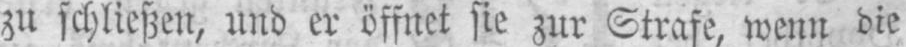
zu schließen, und er öffnet sie zur Strafe, wenn die